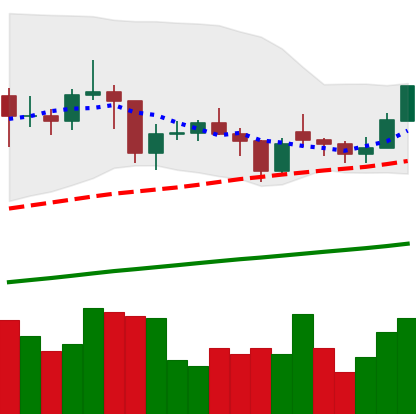
Ticker: LTC-USD
Chart end date: 2021-02-03
Forward return: 7.459%
Label: up_7plus